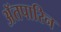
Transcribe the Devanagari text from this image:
अॅतपारिन